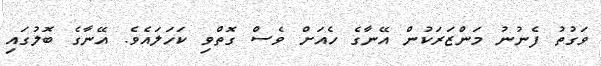
ވަގުތު ފެނުނު މަންޒަރަކުން އޭނާގެ ހެއަށް ވެސް ގޮތްވި ކަހަލައެވެ. އޭނާގެ ބޮލުގައި